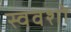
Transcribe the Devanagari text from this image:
स्ववशो